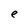
Character: e